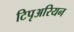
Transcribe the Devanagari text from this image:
टिपृअरियन